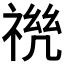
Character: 𰨆